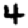
Digit: 4